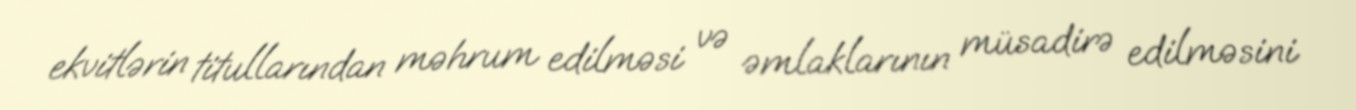
ekvitlərin titullarından məhrum edilməsi və əmlaklarının müsadirə edilməsini